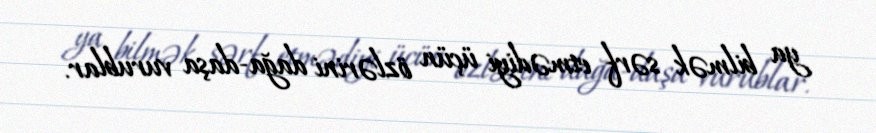
ya bilmək sərf etmədiyi üçün özlərini dağa-daşa vurublar.